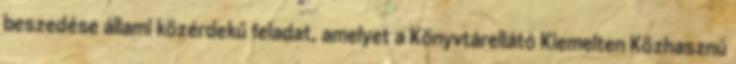
beszedése állami közérdekű feladat, amelyet a Könyvtárellátó Kiemelten Közhasznú